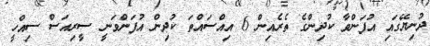
ދުނިޔޭގައި އުފަންވާ ކުދިންގެ ތެރެއިން 6 އިއްސައްތަަ ކުދިން އުފަންވަނީ ސީރިއަސް ސިއްހީ